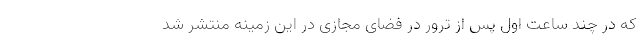
که در چند ساعت اول پس از ترور در فضای مجازی در این زمینه منتشر شد